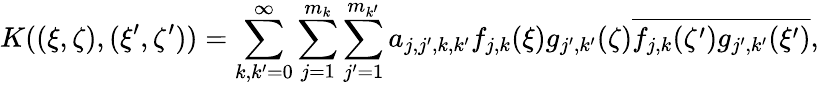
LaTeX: K((\xi,\zeta),(\xi^{\prime},\zeta^{\prime}))=\sum_{k,k^{\prime}=0}^{\infty}\sum_{j=1}^{m_{k}}\sum_{j^{\prime}=1}^{m_{k^{\prime}}}a_{j,j^{\prime},k,k^{\prime}}f_{j,k}(\xi)g_{j^{\prime},k^{\prime}}(\zeta)\overline{{f_{j,k}(\zeta^{\prime})}}\overline{{g_{j^{\prime},k^{\prime}}(\xi^{\prime})}},